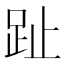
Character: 趾